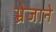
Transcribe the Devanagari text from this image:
भ्रेजाने